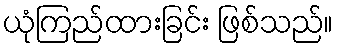
ယုံကြည်ထားခြင်း ဖြစ်သည်။